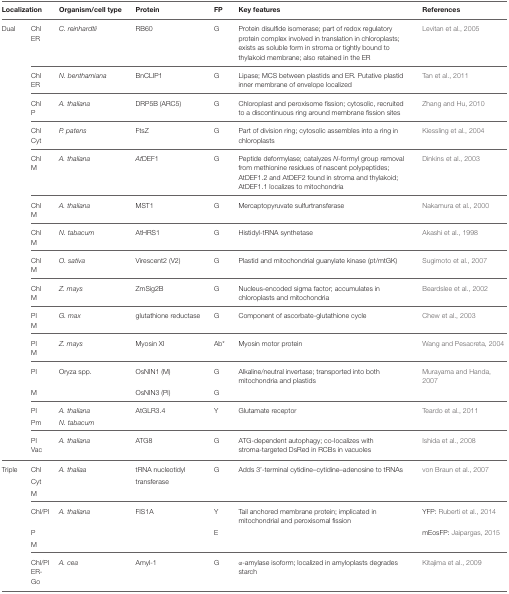
<table><thead><tr><td colspan="2"><b>Localization</b></td><td><b>Organism/cell type</b></td><td><b>Protein</b></td><td><b>FP</b></td><td><b>Key features</b></td><td><b>References</b></td></tr></thead><tbody><tr><td>Dual</td><td>ChlER</td><td><i>C. reinhardtii</i></td><td>RB60</td><td>G</td><td>Protein disulfide isomerase; part of redox regulatory protein complex involved in translation in chloroplasts; exists as soluble form in stroma or tightly bound to thylakoid membrane; also retained in the ER</td><td>Levitan et al., 2005</td></tr><tr><td></td><td>ChlER</td><td><i>N. benthamiana</i></td><td>BnCLIP1</td><td>G</td><td>Lipase; MCS between plastids and ER. Putative plastid inner membrane of envelope localized</td><td>Tan et al., 2011</td></tr><tr><td></td><td>ChlP</td><td><i>A. thaliana</i></td><td>DRP5B (ARC5)</td><td>G</td><td>Chloroplast and peroxisome fission; cytosolic, recruited to a discontinuous ring around membrane fission sites</td><td>Zhang and Hu, 2010</td></tr><tr><td></td><td>ChlCyt</td><td><i>P. patens</i></td><td>FtsZ</td><td>G</td><td>Part of division ring; cytosolic assembles into a ring in chloroplasts</td><td>Kiessling et al., 2004</td></tr><tr><td></td><td>ChlM</td><td><i>A. thaliana</i></td><td><i>At</i>DEF1</td><td>G</td><td>Peptide deformylase; catalyzes <i>N</i>-formyl group removal from methionine residues of nascent polypeptides; AtDEF1.2 and AtDEF2 found in stroma and thylakoid; AtDEF1.1 localizes to mitochondria</td><td>Dinkins et al., 2003</td></tr><tr><td></td><td>ChlM</td><td><i>A. thaliana</i></td><td>MST1</td><td>G</td><td>Mercaptopyruvate sulfurtransferase</td><td>Nakamura et al., 2000</td></tr><tr><td></td><td>ChlM</td><td><i>N. tabacum</i></td><td>AtHRS1</td><td>G</td><td>Histidyl-tRNA synthetase</td><td>Akashi et al., 1998</td></tr><tr><td></td><td>ChlM</td><td><i>O. sativa</i></td><td>Virescent2 (V2)</td><td>G</td><td>Plastid and mitochondrial guanylate kinase (pt/mtGK)</td><td>Sugimoto et al., 2007</td></tr><tr><td></td><td>ChlM</td><td><i>Z. mays</i></td><td>ZmSig2B</td><td>G</td><td>Nucleus-encoded sigma factor; accumulates in chloroplasts and mitochondria</td><td>Beardslee et al., 2002</td></tr><tr><td></td><td>PlM</td><td><i>G. max</i></td><td>glutathione reductase</td><td>G</td><td>Component of ascorbate-glutathione cycle</td><td>Chew et al., 2003</td></tr><tr><td></td><td>PlM</td><td><i>Z. mays</i></td><td>Myosin XI</td><td>Ab<sup>*</sup></td><td>Myosin motor protein</td><td>Wang and Pesacreta, 2004</td></tr><tr><td></td><td>Pl</td><td>Oryza spp.</td><td>OsNIN1 (M)</td><td>G</td><td>Alkaline/neutral invertase; transported into both mitochondria and plastids</td><td>Murayama and Handa, 2007</td></tr><tr><td></td><td>M</td><td></td><td>OsNIN3 (Pl)</td><td>G</td><td></td><td></td></tr><tr><td></td><td>Pl</td><td><i>A. thaliana</i></td><td>AtGLR3.4</td><td>Y</td><td>Glutamate receptor</td><td>Teardo et al., 2011</td></tr><tr><td></td><td>Pm</td><td><i>N. tabacum</i></td><td></td><td></td><td></td><td></td></tr><tr><td></td><td>PlVac</td><td><i>A. thaliana</i></td><td>ATG8</td><td>G</td><td>ATG-dependent autophagy; co-localizes with stroma-targeted DsRed in RCBs in vacuoles</td><td>Ishida et al., 2008</td></tr><tr><td>Triple</td><td>ChlCytM</td><td><i>A. thaliaa</i></td><td>tRNA nucleotidyl transferase</td><td>G</td><td>Adds 3&#x27;-terminal cytidine–cytidine–adenosine to tRNAs</td><td>von Braun et al., 2007</td></tr><tr><td></td><td>Chl/Pl</td><td><i>A. thaliana</i></td><td>FIS1A</td><td>Y</td><td>Tail anchored membrane protein; implicated in mitochondrial and peroxisomal fission</td><td>YFP: Ruberti et al., 2014</td></tr><tr><td></td><td>P</td><td></td><td></td><td>E</td><td></td><td>mEosFP: Jaipargas, 2015</td></tr><tr><td></td><td>M</td><td></td><td></td><td></td><td></td><td></td></tr><tr><td></td><td>Chl/PlER-Go</td><td><i>A. cea</i></td><td>Amyl-1</td><td>G</td><td>α-amylase isoform; localized in amyloplasts degrades starch</td><td>Kitajima et al., 2009</td></tr></tbody></table>